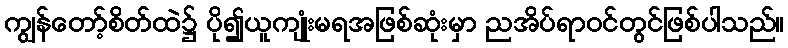
ကျွန်တော့်စိတ်ထဲ၌ ပို၍ယူကျုံးမရအဖြစ်ဆုံးမှာ ညအိပ်ရာဝင်တွင်ဖြစ်ပါသည်။